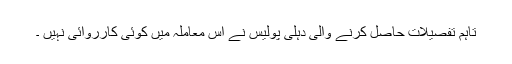
تاہم تفصیلات حاصل کرنے والی دہلی پولیس نے اس معاملہ میں کوئی کارروائی نہیں ۔